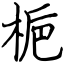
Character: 梔